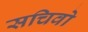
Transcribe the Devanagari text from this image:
सचिवो